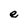
Character: e